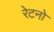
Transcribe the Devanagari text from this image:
रेटनो